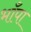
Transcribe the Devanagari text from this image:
भाँपा